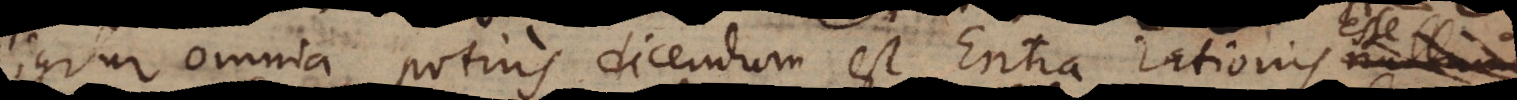
igitur omnia potius dicendum est Entia r